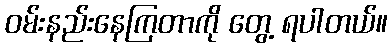
ဝမ်းနည်းနေကြတာကို တွေ့ ရပါတယ်။